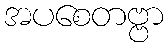
အပစေတဗ္ဗာ